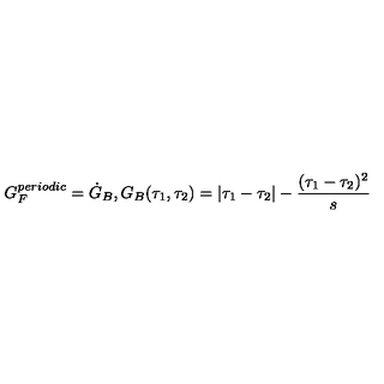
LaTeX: G _ { F } ^ { p e r i o d i c } = \dot { G } _ { B } , G _ { B } ( \tau _ { 1 } , \tau _ { 2 } ) = | \tau _ { 1 } - \tau _ { 2 } | - \frac { ( \tau _ { 1 } - \tau _ { 2 } ) ^ { 2 } } { s }